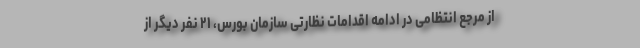
از مرجع انتظامی در ادامه اقدامات نظارتی سازمان بورس، ۲۱ نفر دیگر از